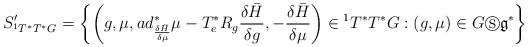
\begin{align*}S_{^{1}T^{\ast }T^{\ast }G}^{\prime }=\left\{ \left( g,\mu,ad_{\frac{\delta\bar{H}}{\delta \mu }}^{\ast }\mu -T_{e}^{\ast }R_{g}\frac{\delta \bar{H}}{\delta g},-\frac{\delta \bar{H}}{\delta \mu }\right) \in \text{}^{1}T^{\ast }T^{\ast }G:\left( g,\mu \right) \in G\circledS\mathfrak{g}^{\ast }\right\} \end{align*}